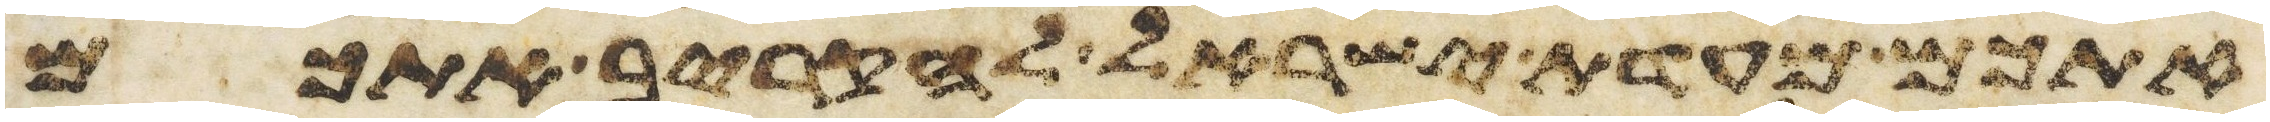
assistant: אתכם מעדת ישראל להקריב אתכם